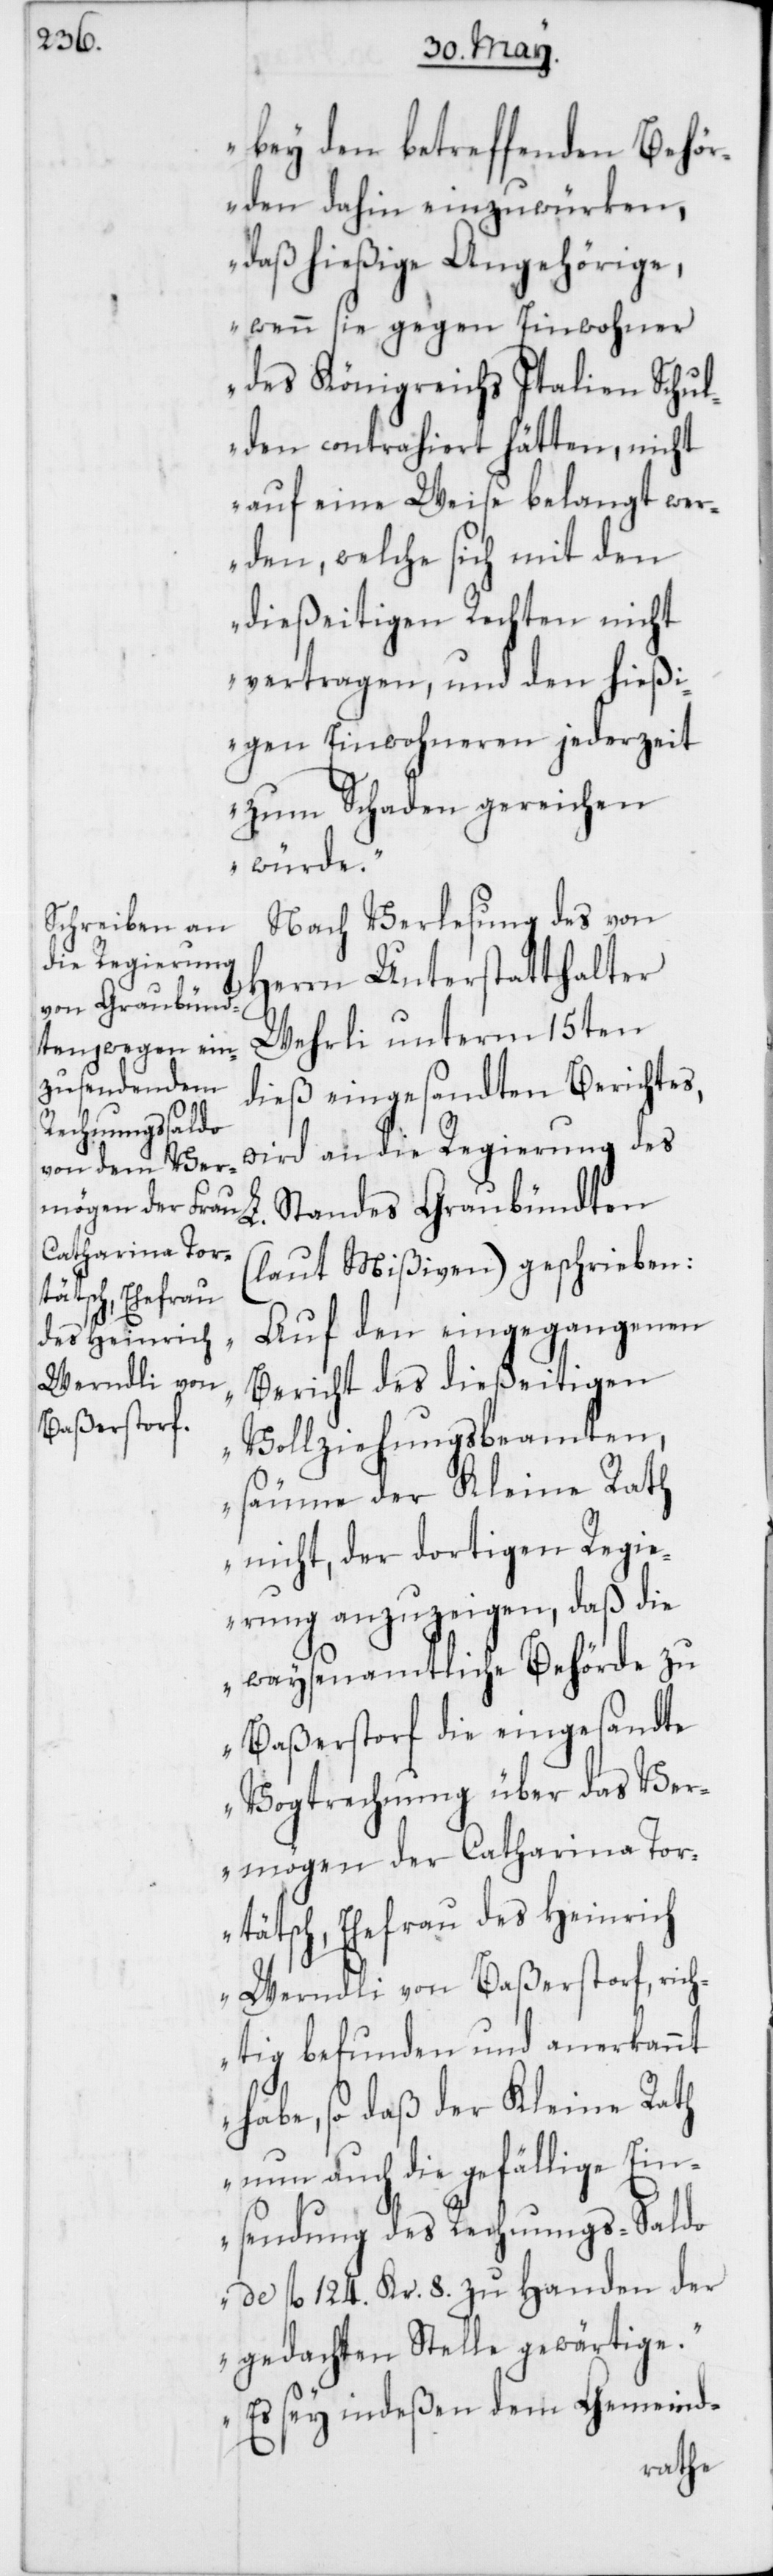
bey den betreffenden Behö¬
rden dahin einzuwürken,
daß hießige Angehörige,
wenn sie gegen Einwohner
des Königreichs Italien Schul¬
den contrahiert hätten, nicht
auf eine Weise belangt wer¬
den, welche sich mit den
dießeitigen Rechten nicht
vertragen, und den hießi¬
gen Einwohneren jederzeit
zum Schaden gereichen
würde.“
Nach Verlesung des von
Herrn Unterstatthalter
Wehrli unterm 15ten
dieß eingesandten Berichtes,
wird an die Regierung des
(laut Mißiven) geschrieben:
„Auf den eingegangenen
Bericht des dießeitigen
Vollziehungsbeamten,
säume der Kleine Rath
nicht, der dortigen Regi¬
erung anzuzeigen, daß die
waysenamtliche Behörde zu
Baßerstorf die eingesandte
Vogtrechnung über das Ve¬
rmögen der Catharina Tor¬
tätsch, Ehefrau des Heinrich
Werndli von Baßerstorf, rich¬
tig befunden und anerkannt
habe, so daß der Kleine Rath
nun auch die gefällige Ein¬
sendung des Rechnungs-Saldo
de fl. 124. Kr. 8. zu Handen der
gedachten Stelle gewärtige.
Es sey indeßen dem Gemeind-